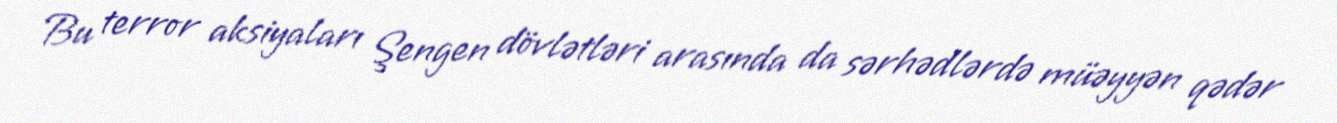
Bu terror aksiyaları Şengen dövlətləri arasında da sərhədlərdə müəyyən qədər